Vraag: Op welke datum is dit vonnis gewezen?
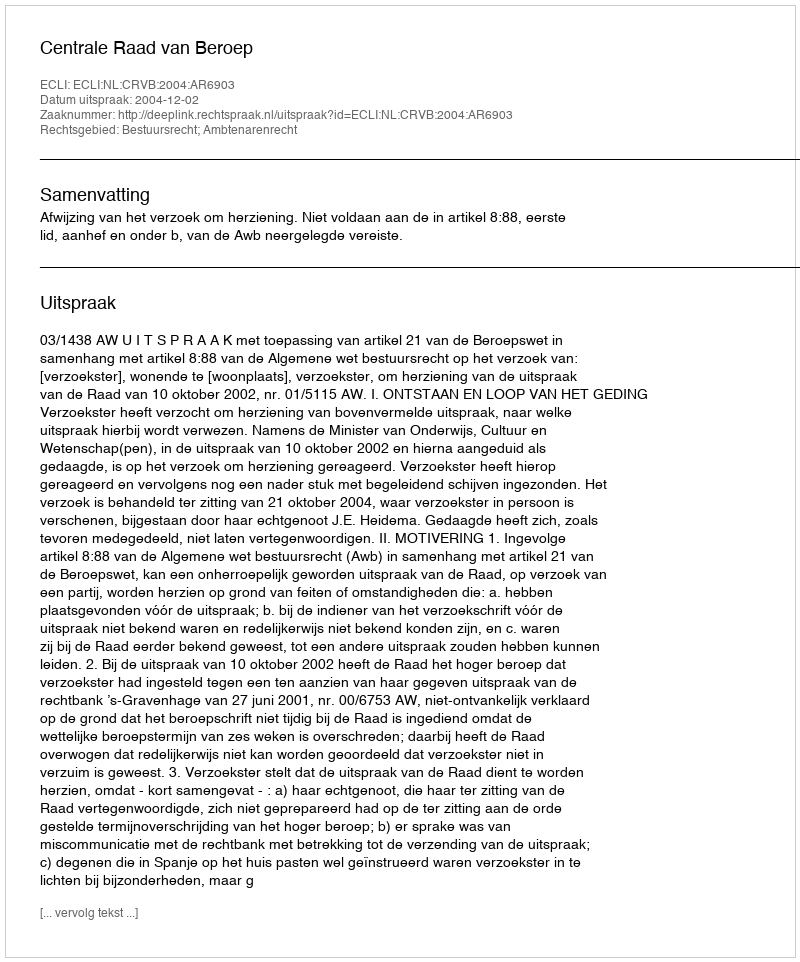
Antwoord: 2004-12-02